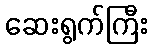
ဆေးရွက်ကြီး